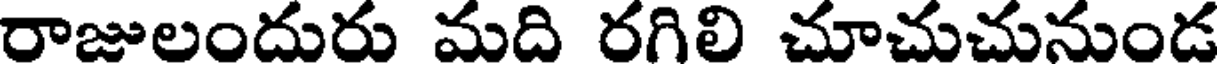
రాజులందురు మది రగిలి చూచుచునుండ